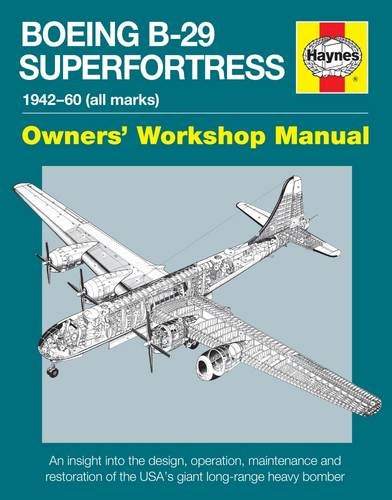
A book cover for Boeing B-29 Superfortress Manual 1942-60 (all marks): An insight into the design, operation, maintenance and restoration of the USA's giant long-range heavy bomber (Owners' Workshop Manual); Simon Howlett; History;